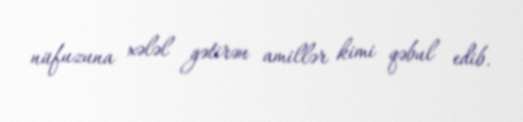
nüfuzuna xələl gətirən amillər kimi qəbul edib.